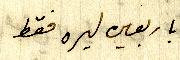
باربعين ليره فقط